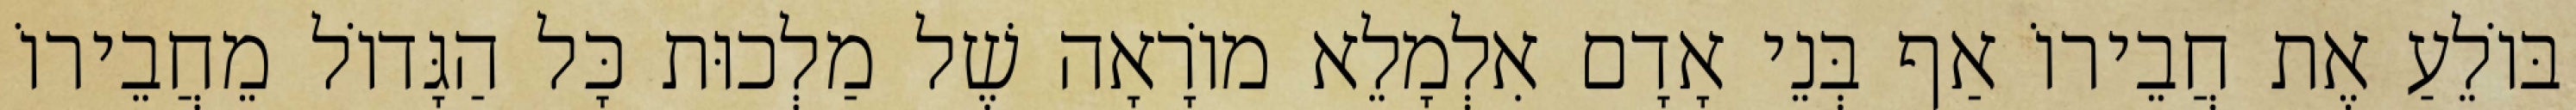
בּוֹלֵעַ אֶת חֲבֵירוֹ אַף בְּנֵי אָדָם אִלְמָלֵא מוֹרָאָה שֶׁל מַלְכוּת כָּל הַגָּדוֹל מֵחֲבֵירוֹ